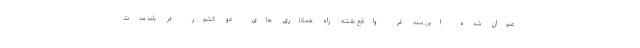
عنوان شده این سند در واقع نقشه راه همکاری های دو کشور در بلند مدت